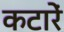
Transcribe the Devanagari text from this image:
कटारें